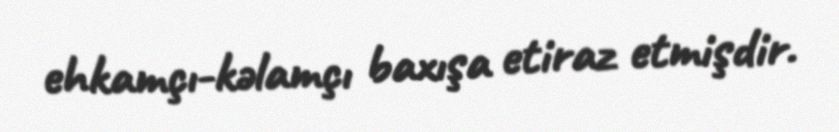
ehkamçı-kəlamçı baxışa etiraz etmişdir.